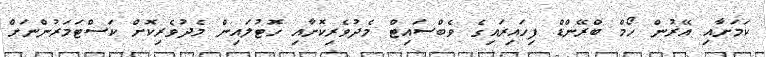
ކަމަށާއި އޭރުން ހޯމް ބްރޭންޑް ފިހައިރައިގެ ވެބްސައިޓް މެދުވެރިކޮށާއި ހޮޓުލައިން މެދުވެރިކޮށް ކަސްޓަމަރުންނަށް